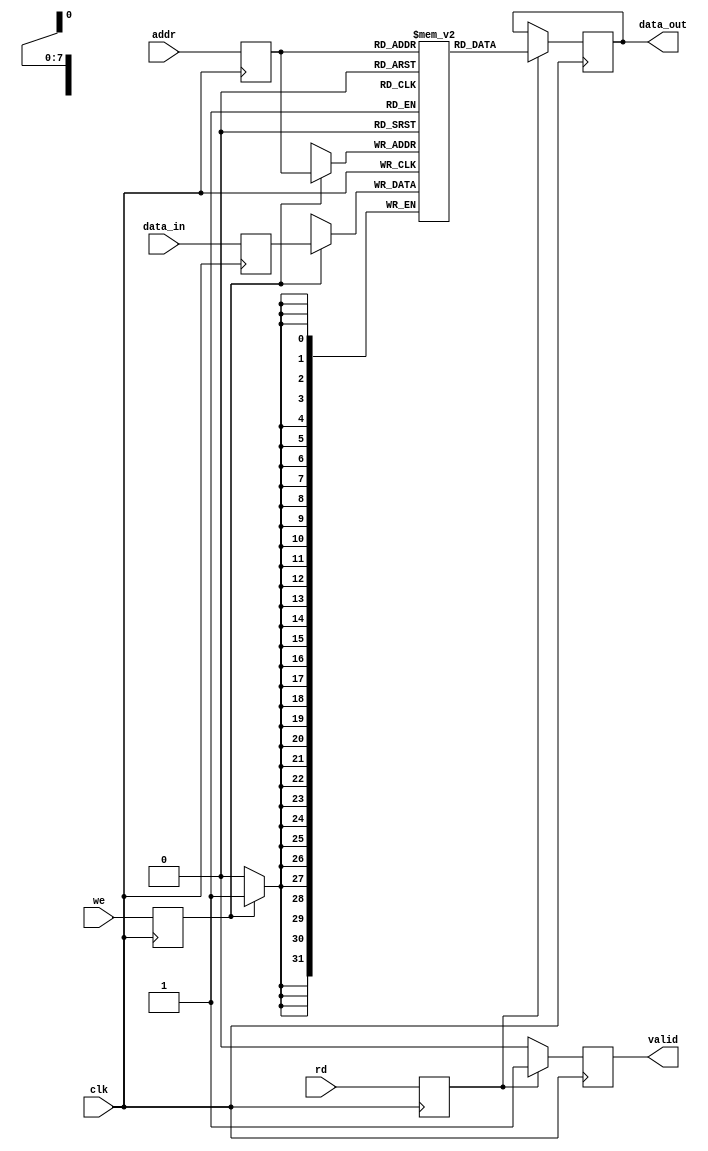
module PipelineRAM #(
    parameter ADDR_WIDTH = 8,   // Address width (e.g., 256 locations)
    parameter DATA_WIDTH = 32    // Data width (e.g., 32 bits)
)(
    input wire clk,              // Clock signal
    input wire [ADDR_WIDTH-1:0] addr,   // Address input
    input wire [DATA_WIDTH-1:0] data_in, // Data input
    input wire we,               // Write enable
    input wire rd,               // Read enable
    output reg [DATA_WIDTH-1:0] data_out, // Data output
    output reg valid             // Valid signal for data_out
);

    // Memory array declaration
    reg [DATA_WIDTH-1:0] memory_array [(1 << ADDR_WIDTH)-1:0];

    // Pipeline registers
    reg [ADDR_WIDTH-1:0] addr_reg;
    reg [DATA_WIDTH-1:0] data_reg;
    reg we_reg;
    reg rd_reg;

    // Stage 1: Latch address and data
    always @(posedge clk) begin
        addr_reg <= addr;
        data_reg <= data_in;
        we_reg <= we;
        rd_reg <= rd;
    end

    // Stage 2: Write operation
    always @(posedge clk) begin
        if (we_reg) begin
            memory_array[addr_reg] <= data_reg; // Write data to memory
        end
    end

    // Stage 3: Read operation
    always @(posedge clk) begin
        if (rd_reg) begin
            data_out <= memory_array[addr_reg]; // Read data from memory
            valid <= 1'b1;                       // Signal valid data
        end else begin
            valid <= 1'b0;                       // Clear valid signal
        end
    end

endmodule